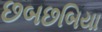
છબછબિયા